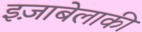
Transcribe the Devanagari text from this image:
इज़ाबेलाकी